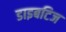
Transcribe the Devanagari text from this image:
डाइबटिज